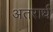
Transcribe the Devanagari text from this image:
अतरार्ध